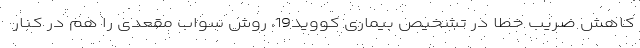
کاهش ضریب خطا در تشخیص بیماری کووید19، روش سواب مقعدی را هم در کنار